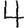
Digit: 4